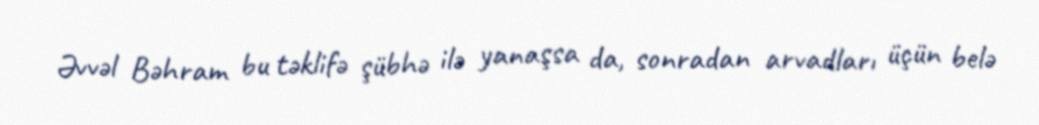
Əvvəl Bəhram bu təklifə şübhə ilə yanaşsa da, sonradan arvadları üçün belə